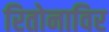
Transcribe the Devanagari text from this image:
रितोनाविर